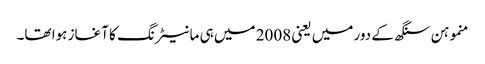
منموہن سنگھ کے دور میں یعنی 2008 میں ہی مانیٹرنگ کا آغاز ہوا تھا۔